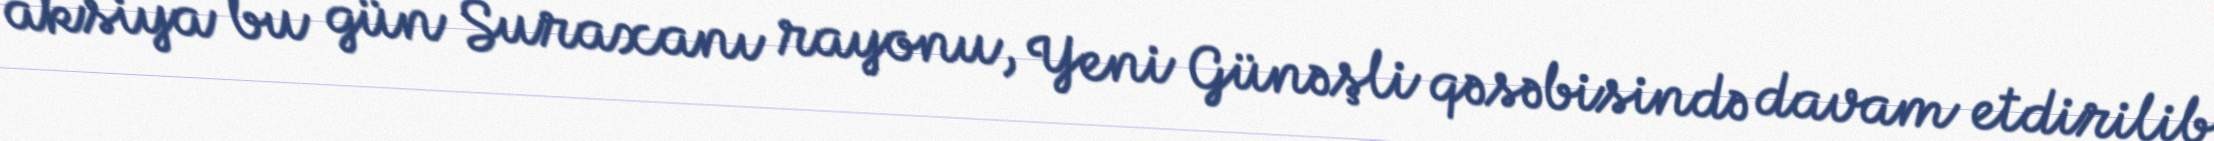
aksiya bu gün Suraxanı rayonu, Yeni Günəşli qəsəbisində davam etdirilib.